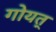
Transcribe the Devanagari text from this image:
गोयत्